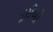
પૂરીઓ